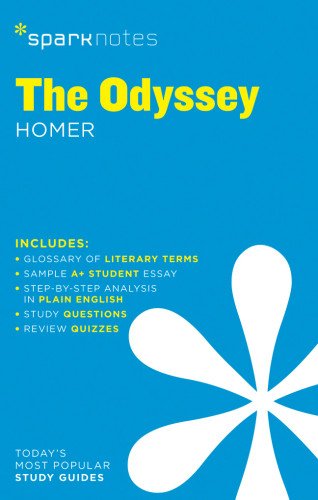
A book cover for The Odyssey SparkNotes Literature Guide (SparkNotes Literature Guide Series); SparkNotes; Literature & Fiction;